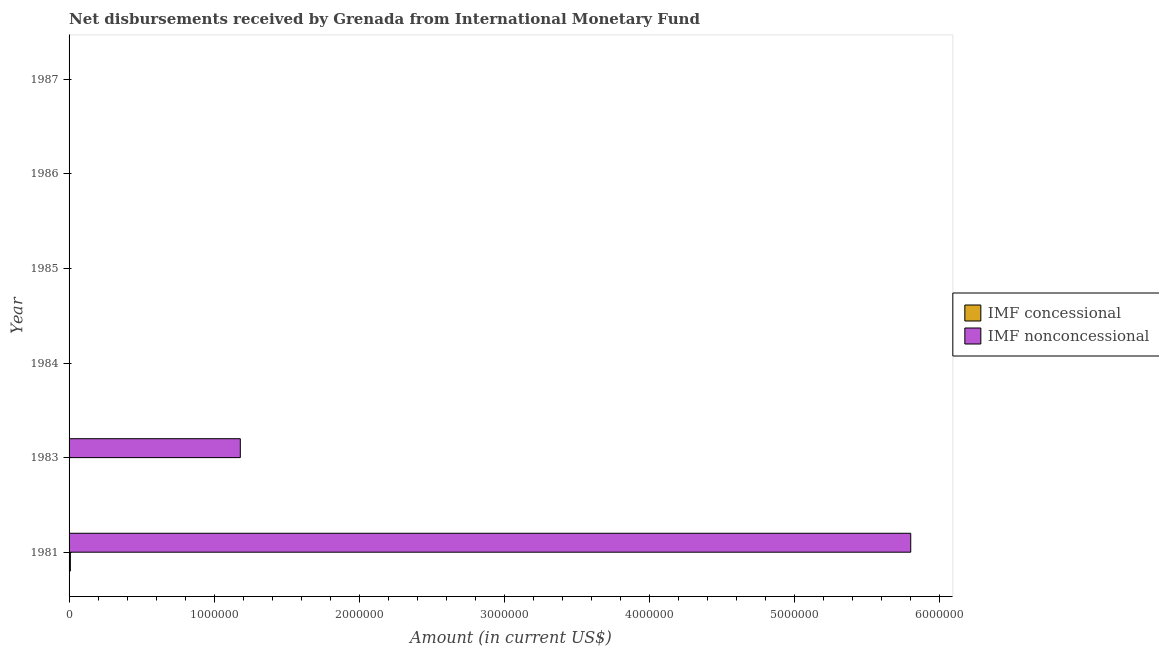
| Year | IMF concessional | IMF nonconcessional |
 | --- | --- | --- |
 | 1981 | 9e+03 | 5.8e+06 |
 | 1983 | -6e+04 | 1.18e+06 |
 | 1984 | -1.71e+05 | -8.7e+05 |
 | 1985 | -3.33e+05 | -2.18e+06 |
 | 1986 | -4.54e+05 | -1.53e+06 |
 | 1987 | -5.11e+05 | -3.69e+05 |